Report of the King Institute of Preventive Medicine, Guindy
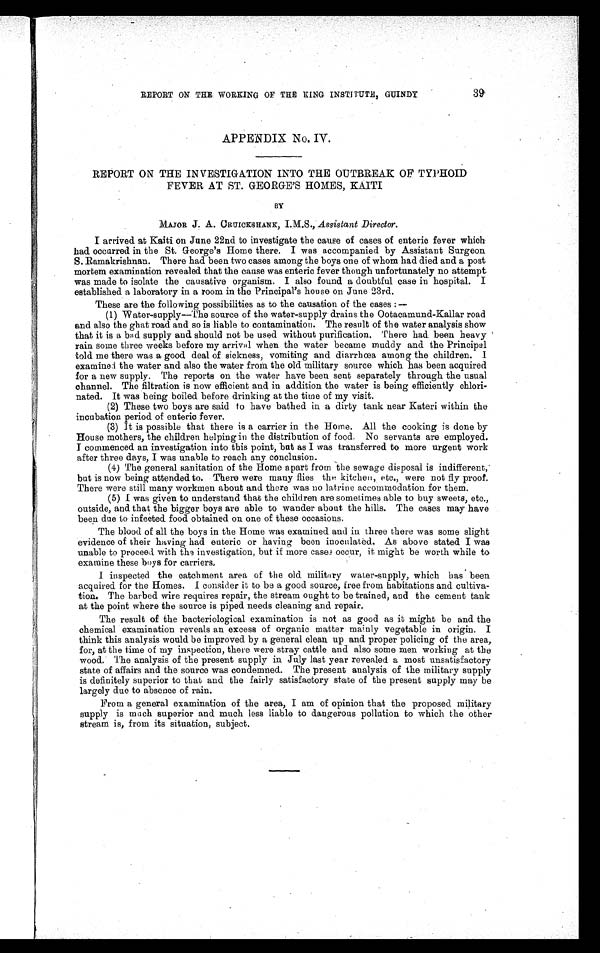
39
REPORT ON THE WORKING OF THE KING INSTITUTE, GUINDY
APPENDIX No. IV.
REPORT ON THE INVESTIGATION INTO THE OUTBREAK OF TYPHOID
FEVER AT ST. GEORGE'S HOMES, KAITI
BY
MAJOR J. A. C RUICKSHANK, I . M.S., Assistant Director.
I arrived at Kaiti on June 22nd to investigate the cause of cases of enteric fever which
had occurred in the St. George's Home there. I was accompanied by Assistant Surgeon
S. Ramakrishnan. There had been two cases among the boys one of whom had died and a post
mortem examination revealed that the cause was enteric fever though unfortunately no attempt
was made to isolate the causative organism. I also found a doubtful case in hospital. I
established a laboratory in a room in the Principal's house on June 23rd.
These are the following possibilities as to the causation of the cases:—
(1) W ater-supply—The source of the water-supply drains the Ootacamund-Kallar road
and also the ghat road and so is liable to contamination. The result of the water analysis show
that it is a bad supply and should not be used without purification. There had been heavy
rain some three weeks before my arrival when the water became muddy and the Principal
told me there was a good deal of sickness, vomiting and diarrhœa among the children. I
examined the water and also the water from the old military source which has been acquired
for a new supply. The reports on the water have been sent separately through the usual
channel. The filtration is now efficient and in addition the water is being efficiently chlori
- n a t e d . I t w a s b e i n g b o i l e d b e f o r e d r i n k i n g a t t h e t i m e o f m y v i s i t .
(2) These two boys are said to have bathed in a dirty tank near Kateri within the
incubation period of enteric fever.
(3) It is possible that there is a carrier in the Home. All the cooking is done by
House mothers, the children helping in the distribution of food. No servants are employed.
I commenced an investigation into this point, but as I was transferred to more urgent work
after three days, I was unable to reach any conclusion.
(4) The general sanitation of the Home apart from the sewage disposal is indifferent,
but is now being attended to. There were many flies the kitchen, etc., were not fly proof.
There were still many workmen about and there was no latrine accommodation for them.
(5) I was given to understand that the children are sometimes able to buy sweets, etc.,
outside, and that the bigger boys are able to wander about the hills. The cases may have
been due to infected food obtained on one of these occasions.
The blood of all the boys in the Home was examined and in three there was some slight
evidence of their having had enteric or having been inoculated. As above stated I was
unable to proceed with the investigation, but if more cased occur, it might be worth while to
examine these boys for carriers.
I inspected the catchment area of the old military water-supply, which has been
acquired for the Homes. I consider it to be a good source, free from habitations and cultiva-
tion. The barbed wire requires repair, the stream ought to be trained, and the cement tank
at the point where the source is piped needs cleaning and repair.
The result of the bacteriological examination is not as good as it might be and the
chemical examination reveals an excess of organic matter mainly vegetable in origin. I
think this analysis would be improved by a general clean up and proper policing of the area,
for, at the time of my inspection, there were stray cattle and also some men working at the
wood. The analysis of the present supply in July last year revealed a most unsatisfactory
state of affairs and the source was condemned. The present analysis of the military supply
is definitely superior to that and the fairly satisfactory state of the present supply may be
largely due to absence of rain.
From a general examination of the area, I am of opinion that the proposed military
supply is much superior and much less liable to dangerous pollution to which the other
stream is, from its situation, subject.